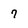
Character: 7